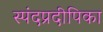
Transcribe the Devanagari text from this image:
स्पंदप्रदीपिका